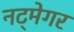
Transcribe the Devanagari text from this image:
नट्मेगर